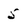
Character: 5